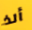
ألذ